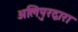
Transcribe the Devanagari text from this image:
अलिपुरद्वारा